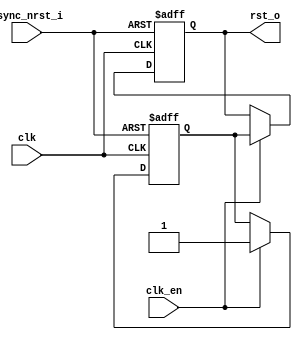
module reset_generator(
  clk,
  clk_en,
  async_nrst_i,
  rst_o
);


parameter active_state = 1'b0;

input      clk;
input      clk_en;
input      async_nrst_i;
output reg rst_o = active_state;


reg rst_pre = active_state;

always @(posedge clk or negedge async_nrst_i) begin
  if (!async_nrst_i) begin
    rst_o   <= active_state;
    rst_pre <= active_state;
  end else if (clk_en) begin
    rst_o   <= rst_pre;
    rst_pre <= ~active_state;
  end
end

endmodule